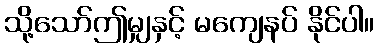
သို့သော်ဤမျှနှင့် မကျေနပ် နိုင်ပါ။